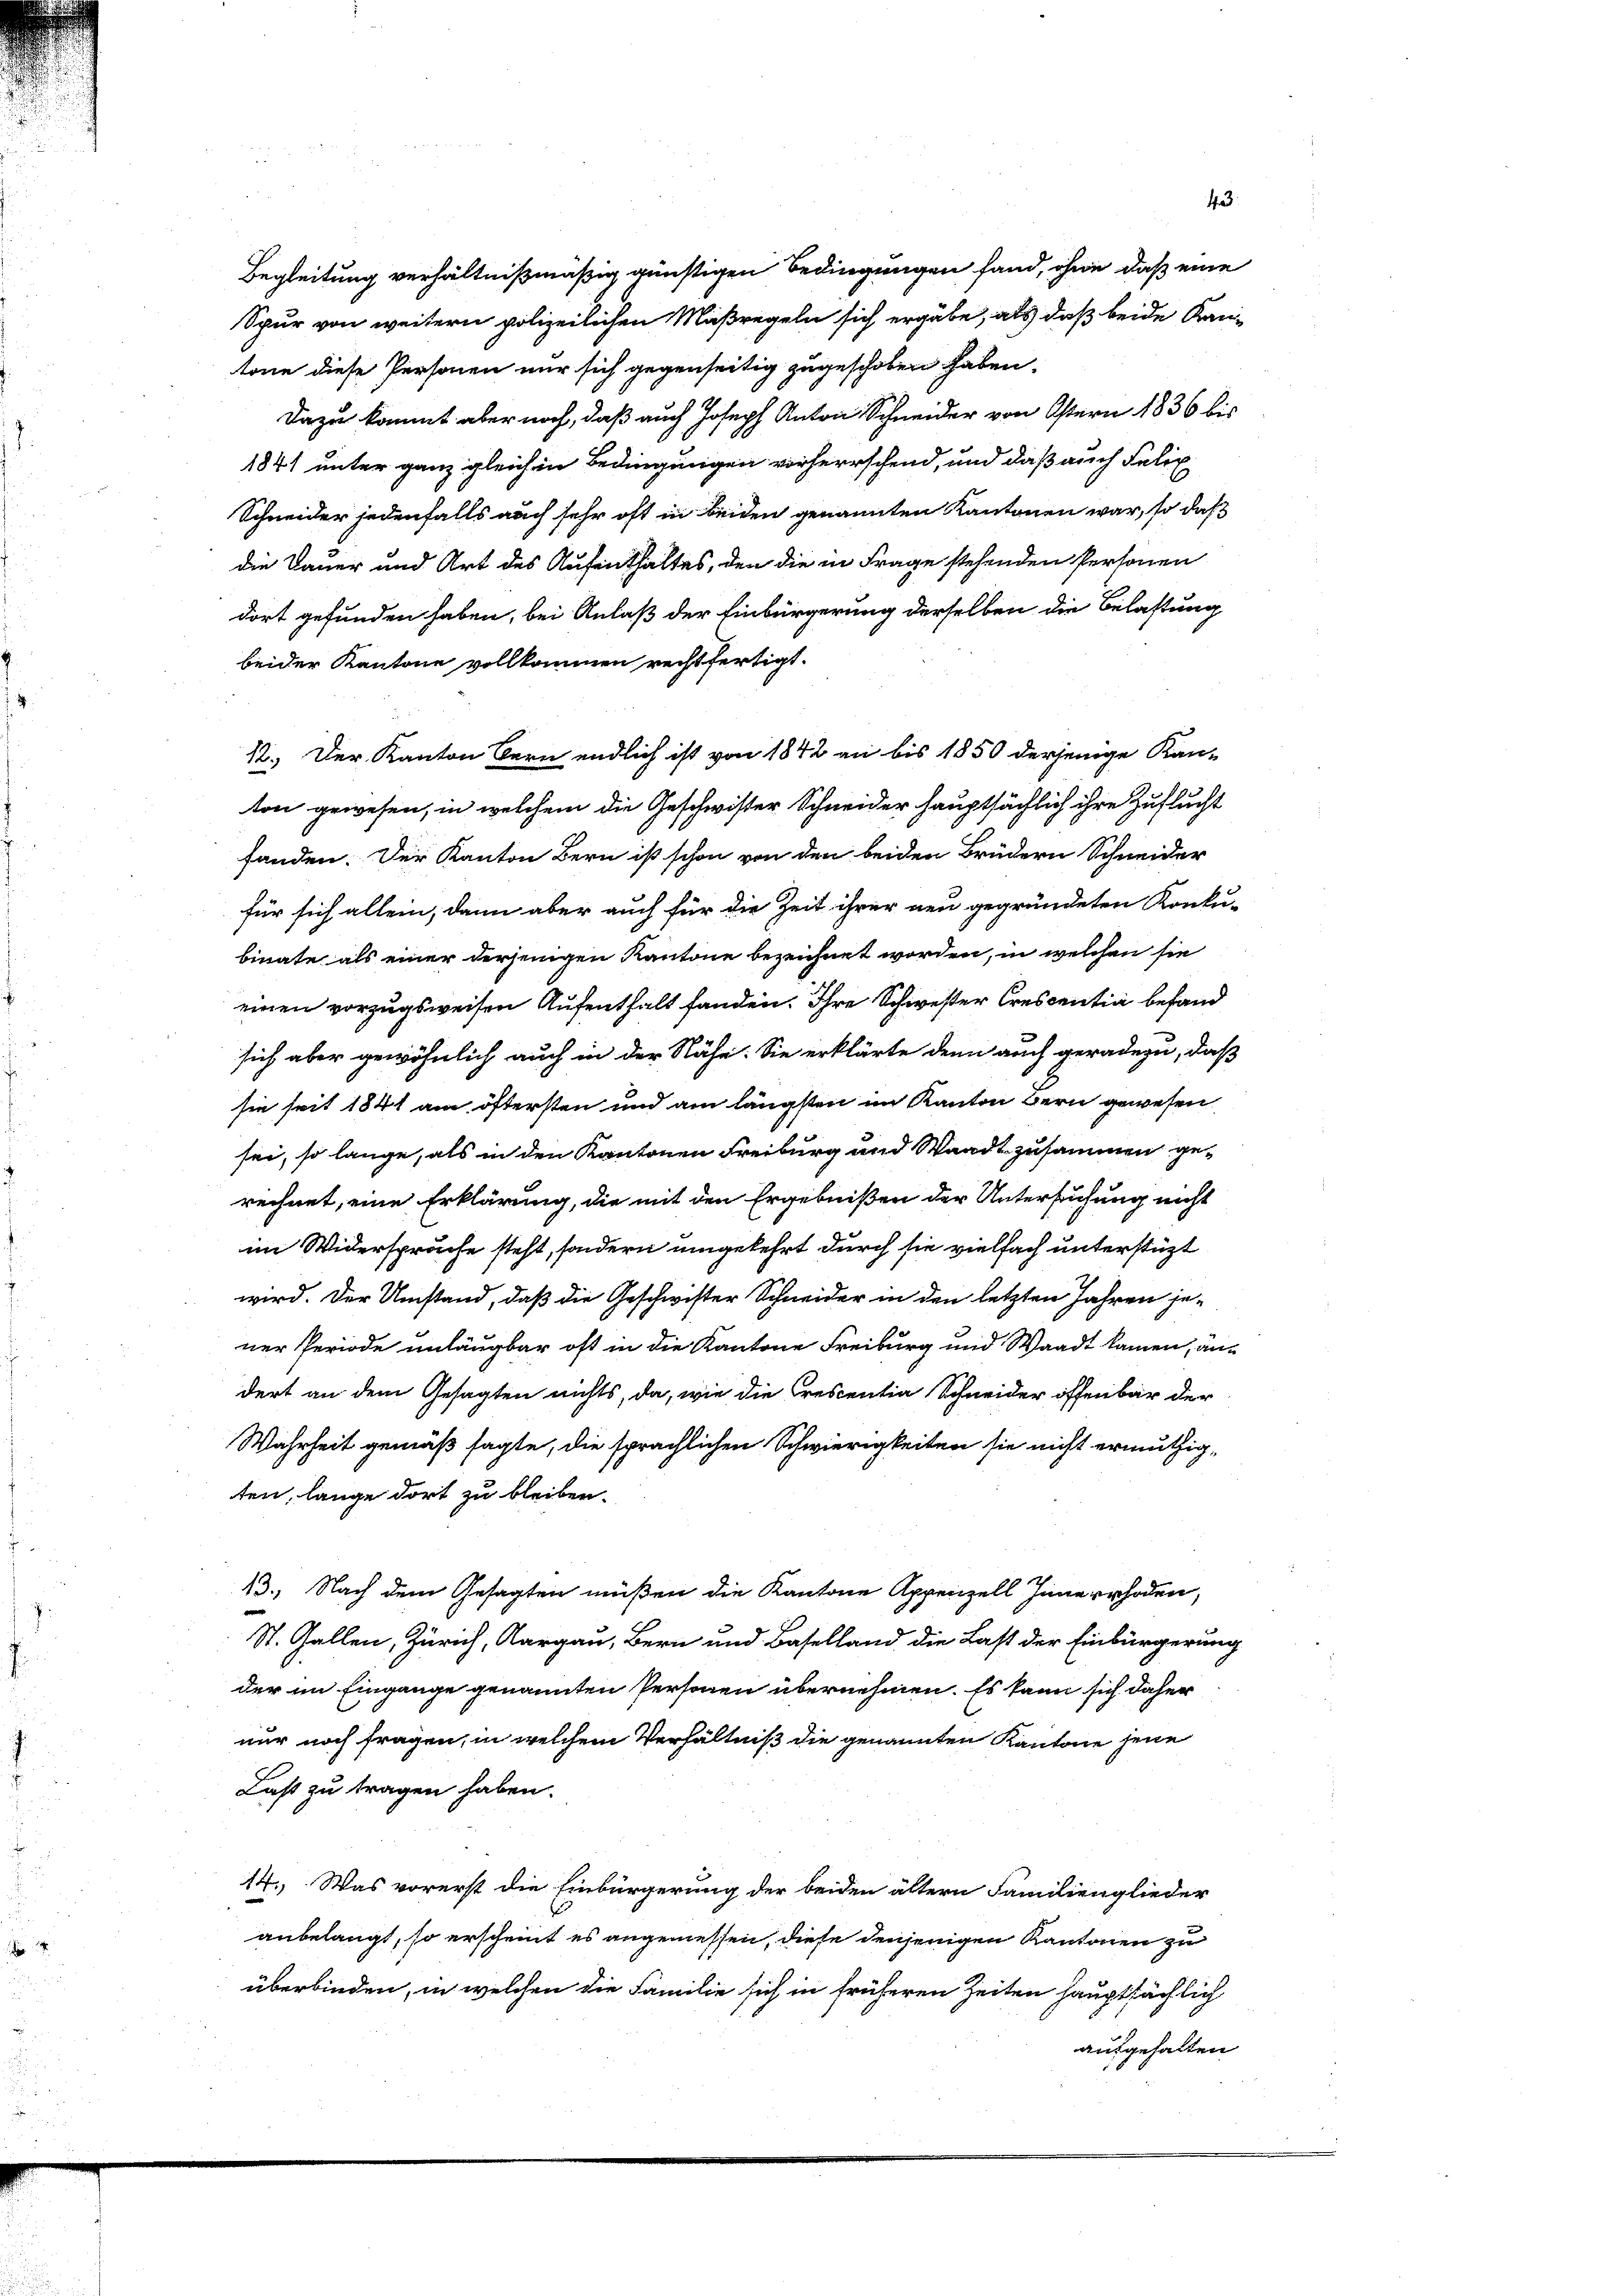
dort gefunden haben, bei Anlaß der Einbürgerung derselben die Belastung
beider Kantone vollkommen rechtfertigt.
12. Der Kanton Bern endlich ist von 1842 an bis 1850 derjenige Kan-
ton gewesen, in welchem die Geschwister Schneider hauptsächlich ihre Zuflucht
fanden. Der Kanton Bern ist schon von den beiden Brüdern Schneider
für sich allein, dann aber auch für die Zeit ihrer neu gegründeten Konku-
binate als einer derjenigen Kantone bezeichnet worden, in welchen sie
einen vorzugsweisen Aufenthalt fanden. Ihre Schwester Crescentia befand
sich aber gewöhnlich auch in der Nähe. Sie erklärte denn auch geradezu, daß
sie seit 1841 am öftersten und am längsten im Kanton Bern gewesen
sei, so lange, als in den Kantonen Freiburg und Waadt zusammen ge-
rechnet, eine Erklärung, die mit den Ergebnißen der Untersuchung nicht
im Widerspruche steht, sondern umgekehrt durch sie vielfach unterstüzt
wird. Der Umstand, daß die Geschwister Schneider in den letzten Jahren je-
ner Periode unläugbar oft in die Kantone Freiburg und Waadt kamen, an-
dert an dem Gesagten nichts, da, wie die Crescentia Schneider öffenbar der
Wahrheit gemäß sagte, die sprachlichen Schwierigkeiten sie nicht ermuthigten, lange dort zu bleiben.
13. Nach dem Gesagten müßen die Kantone Appenzell Innerrhoden,
St. Gallen, Zürich, Aargau, Bern und Baselland die Last der Einbürgerung
der im Eingange genannten Personen übernehmen. Es kann sich daher
nur noch fragen, in welchem Verhältniß die genannten Kantone jene
Last zu tragen haben.
14.) Was vorerst die Einbürgerung der beiden ältern Familienglieder
anbelangt, so erscheint es angemessen, diese denjenigen Kantonen zu
überbinden, in welchen die Familie sich in früheren Zeiten hauptsächlich
ausgehalten

Begleitung verhältnißmäßig günstigen Bedingungen fand, ohne daß eine
Spur von weitern polizeilichen Maßregeln sich ergäbe, als daß beide Kantone diese Personen nur sich gegenseitig zugeschoben haben,
Dazu kommt aber noch, daß auch Joseph Anton Schneider von Ostern 1836 bis
1841 unter ganz gleich in Bedingungen vorherrschend, und daß auch Felix
Schneider jedenfalls auch sehr oft in beiden genannten Kantonen war, so daß
die Dauer und Art des Aufenthaltes, den die in Frage stehenden Personen

43